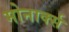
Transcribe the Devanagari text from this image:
मोनार्क्स